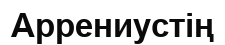
Аррениустің